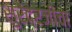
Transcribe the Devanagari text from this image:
सुरेंद्रजींचा